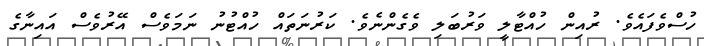
ހުސްވެފައެވެ. ރުއިން ހުއްޓާލީ ވަރުބަލި ވެގެންނެވެ. ކަރުނަތައް ހުއްޓުނު ނަމަވެސް އޭރުވެސް އައިނާގެ